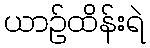
ယာဉ်ထိန်းရဲ